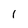
Character: l